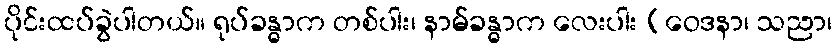
ပိုင်းထပ်ခွဲပါတယ်။ ရုပ်ခန္ဓာက တစ်ပါး၊ နာမ်ခန္ဓာက လေးပါး (ဝေဒနာ၊ သညာ၊